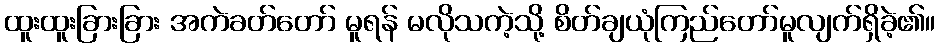
ထူးထူးခြားခြား အကဲခတ်တော် မူရန် မလိုသကဲ့သို့ စိတ်ချယုံကြည်တော်မူလျက်ရှိခဲ့၏။